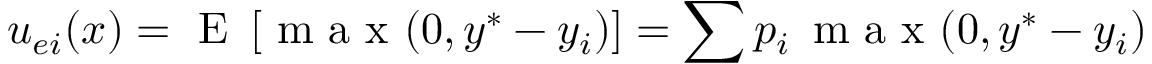
u _ { e i } ( x ) = \textrm { E } \left[ \textrm { m a x } ( 0 , y ^ { * } - y _ { i } ) \right] = \sum p _ { i } \, \textrm { m a x } ( 0 , y ^ { * } - y _ { i } )